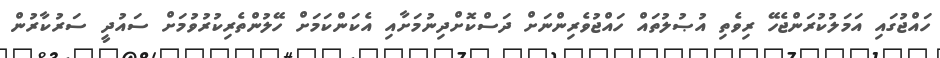
ހައްޖުގައި އަމަލުކުރަންޖެހޭ ރިވެތި އުޞުލުތައް ހައްޖުވެރިންނަށް ދަސްކޮށްދިނުމަށާއި އެކަންކަމަށް ހޭލުންތެރިކުރުވުމަށް ސައުދީ ސަރުކާރުން